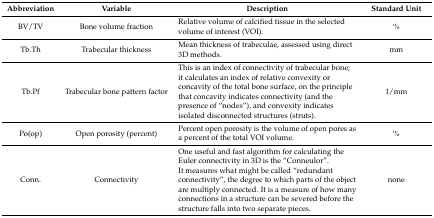
| Abbreviation | Variable | Description | Standard Unit |
 | --- | --- | --- | --- |
 | BV/TV | Bone volume fraction | Relative volume of calcified tissue in the selected volume of interest (VOI). | % |
 | Tb.Th | Trabecular thickness | Mean thickness of trabeculae, assessed using direct 3D methods. | mm |
 | Tb.Pf | Trabecular bone pattern factor | This is an index of connectivity of trabecular bone; it calculates an index of relative convexity or concavity of the total bone surface, on the principle that concavity indicates connectivity (and the presence of “nodes”), and convexity indicates isolated disconnected structures (struts). | 1/mm |
 | Po(op) | Open porosity (percent) | Percent open porosity is the volume of open pores as a percent of the total VOI volume. | % |
 | Conn. | Connectivity | One useful and fast algorithm for calculating the Euler connectivity in 3D is the “Conneulor”. It measures what might be called “redundant connectivity”, the degree to which parts of the object are multiply connected. It is a measure of how many connections in a structure can be severed before the structure falls into two separate pieces. | none |